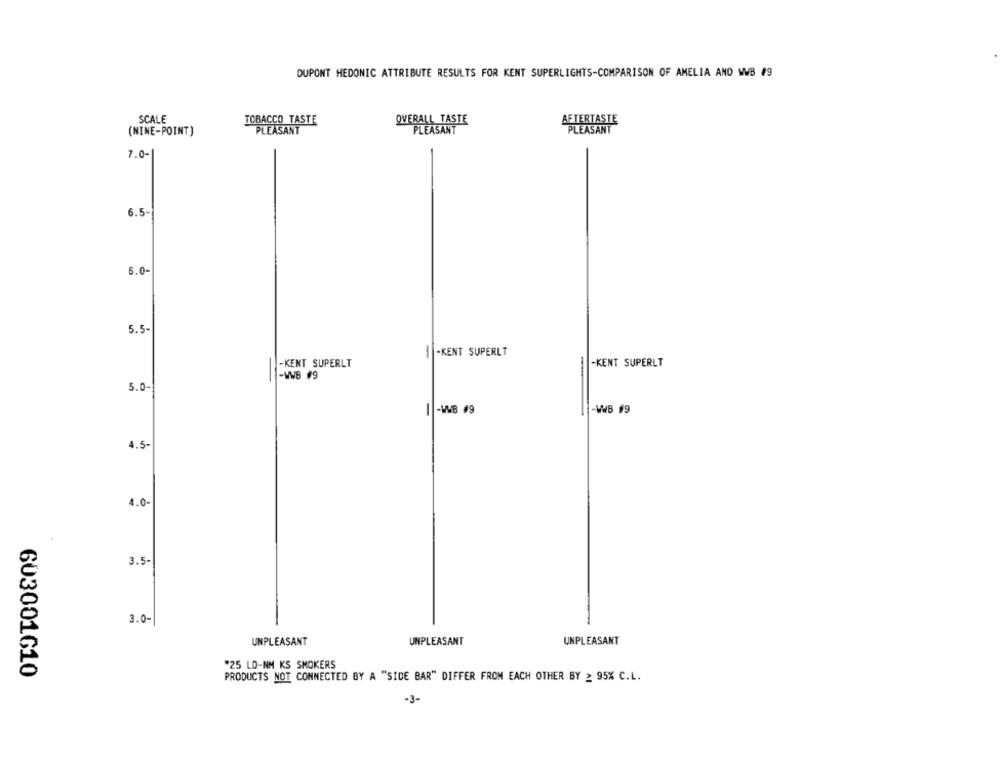
DUPONT HEDONIC ATTRIBUTE RESULTS FOR KENT SUPERLIGHTS-COMPARISON OF AMELIA AND WWB #9
SCALE
TOBACCO TASTE
OVERALL TASTE
PLEASANT
AFTERTASTE
PLEASANT
(NINE-POINT)
PLEASANT
7.0-
6.5-
6.0-
5.5-
1 -KENT SUPERLT
-KENT SUPERLT
-KENT SUPERLT
-
-WWB #9
5.0-
1 -WB #9
-WWB #9
4.5-
4.0
3.5-
3.0-
UNPLEASANT
UNPLEASANT
UNPLEASANT
"25 LD-NM KS SMOKERS
603001610
PRODUCTS NOT CONNECTED BY A "SIDE BAR" DIFFER FROM EACH OTHER BY ≥ 95% C.L.
-3-